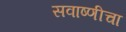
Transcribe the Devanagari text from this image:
सवाष्णीचा